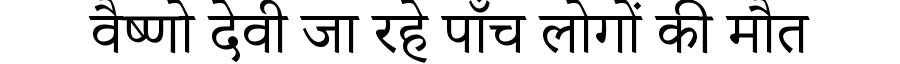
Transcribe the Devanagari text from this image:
वैष्णो देवी जा रहे पाँच लोगों की मौत